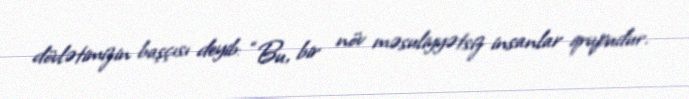
dövlətimizin başçısı deyib: “Bu, bir növ məsuliyyətsiz insanlar qrupudur.